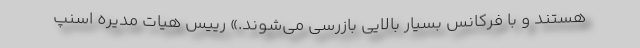
هستند و با فرکانس بسیار بالایی بازرسی می‌شوند.» رییس هیات مدیره اسنپ